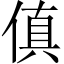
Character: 傎